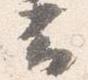
云